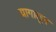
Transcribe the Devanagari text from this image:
यागातून